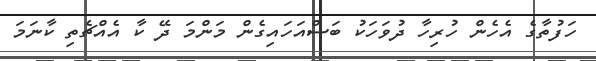
ހަފުތާގެ އެހެން ހުރިހާ ދުވަހަކު ބަސްއަހައިގެން މަންމަ ދޭ ކާ އެއްޗެތި ކާނަމަ